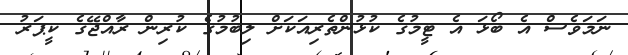
ނަމަވެސް އެ ބޯޅަ އެ ޓީމުގެ ކުޅުންތެރިއަކަށް ލިބުމުގެ ކުރިން ރާއްޖޭގެ ކީޕަރު